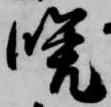
晩